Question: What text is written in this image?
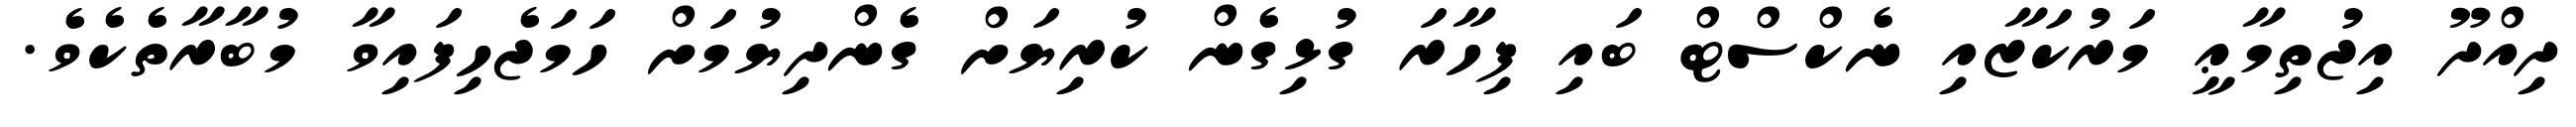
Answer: ދިއްދޫ އިޖުތިމާޢީ މަރުކަޒާއި ނެކްސްޓް ބައި ފިހާރަ ގުޅިގެން ކުރިޔަށް ގެންދިޔުމަށް ހަމަޖެހިފައިވާ މުބާރާތެކެވެ.